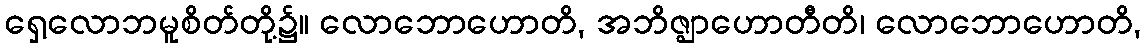
ရှေ့လောဘမူစိတ်တို့၌။ လောဘောဟောတိ, အဘိဇ္ဈာဟောတီတိ၊ လောဘောဟောတိ,